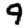
Digit: 9